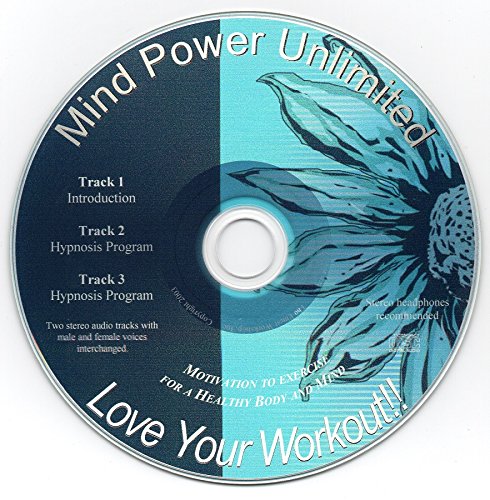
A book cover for Love Your Workout Hypnosis / Guided Imagery CD - Love to Exercise! Get Motivated!; Mind Design Unlimited; Health, Fitness & Dieting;